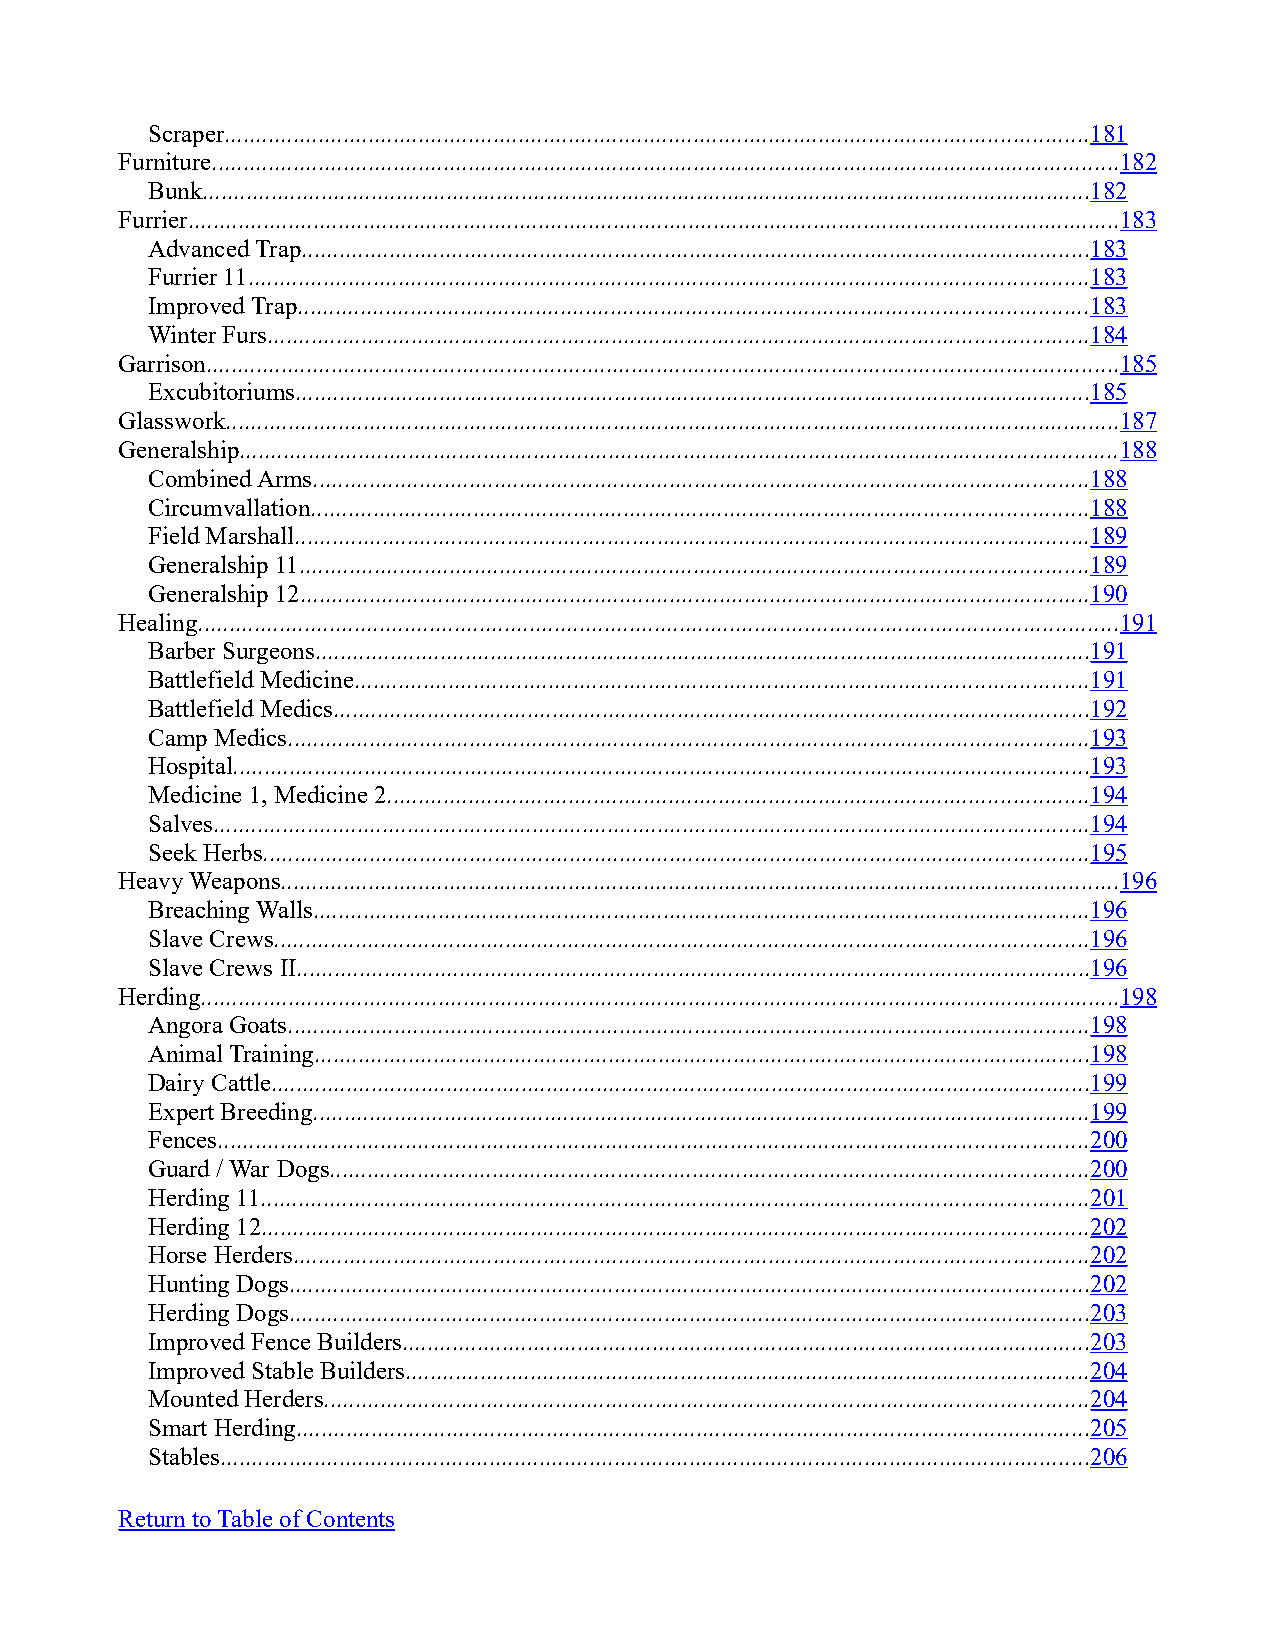
Scraper..........................................................................................................................................181
 Furniture.................................................................................................................................................182
 Bunk..............................................................................................................................................182
 Furrier.....................................................................................................................................................183
 Advanced Trap..............................................................................................................................183
 Furrier 11......................................................................................................................................183
 Improved Trap..............................................................................................................................183
 Winter Furs...................................................................................................................................184
 Garrison..................................................................................................................................................185
 Excubitoriums...............................................................................................................................185
 Glasswork...............................................................................................................................................187
 Generalship............................................................................................................................................188
 Combined Arms............................................................................................................................188
 Circumvallation............................................................................................................................188
 Field Marshall...............................................................................................................................189
 Generalship 11..............................................................................................................................189
 Generalship 12..............................................................................................................................190
 Healing...................................................................................................................................................191
 Barber Surgeons............................................................................................................................191
 Battlefield Medicine.....................................................................................................................191
 Battlefield Medics.........................................................................................................................192
 Camp Medics................................................................................................................................193
 Hospital.........................................................................................................................................193
 Medicine 1, Medicine 2................................................................................................................194
 Salves............................................................................................................................................194
 Seek Herbs....................................................................................................................................195
 Heavy Weapons......................................................................................................................................196
 Breaching Walls............................................................................................................................196
 Slave Crews..................................................................................................................................196
 Slave Crews II...............................................................................................................................196
 Herding...................................................................................................................................................198
 Angora Goats................................................................................................................................198
 Animal Training............................................................................................................................198
 Dairy Cattle...................................................................................................................................199
 Expert Breeding............................................................................................................................199
 Fences...........................................................................................................................................200
 Guard / War Dogs.........................................................................................................................200
 Herding 11....................................................................................................................................201
 Herding 12....................................................................................................................................202
 Horse Herders...............................................................................................................................202
 Hunting Dogs................................................................................................................................202
 Herding Dogs................................................................................................................................203
 Improved Fence Builders..............................................................................................................203
 Improved Stable Builders.............................................................................................................204
 Mounted Herders..........................................................................................................................204
 Smart Herding...............................................................................................................................205
 Stables...........................................................................................................................................206
 Return to Table of Contents